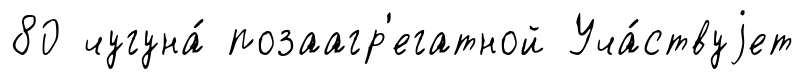
80 чугуна́ позаагр'егатной Уча́ствуjет